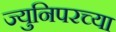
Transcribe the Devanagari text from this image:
ज्युनिपरच्या